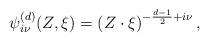
LaTeX: \begin{align*}{\psi}_{i\nu}^{(d)} (Z ,\xi )= \left( {Z \cdot {\xi}}\right)^{-\frac{d-1}{2} + i\nu }, \end{align*}